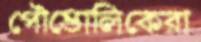
পৌত্তোলিকেরা